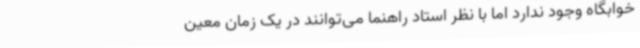
خوابگاه وجود ندارد اما با نظر استاد راهنما می‌توانند در یک زمان معین